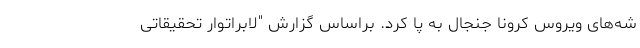
شه‌های ویروس کرونا جنجال به پا کرد. براساس گزارش "لابراتوار تحقیقاتی